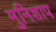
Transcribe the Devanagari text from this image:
मुनिशाप